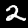
Label: 2